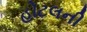
હોટલની